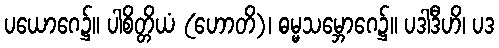
ပယောဂေ၌။ ပါစိတ္တိယံ (ဟောတိ)၊ ဓမ္မသမ္ဘောဂေ၌။ ပဒါဒီဟိ၊ ပဒ